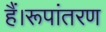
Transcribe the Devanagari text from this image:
हैं।रूपांतरण